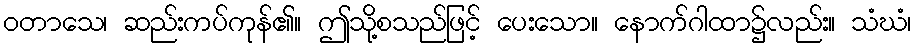
ဝတာသေ၊ ဆည်းကပ်ကုန်၏။ ဤသို့စသည်ဖြင့် ပေးသော။ နောက်ဂါထာ၌လည်း။ သံဃံ၊